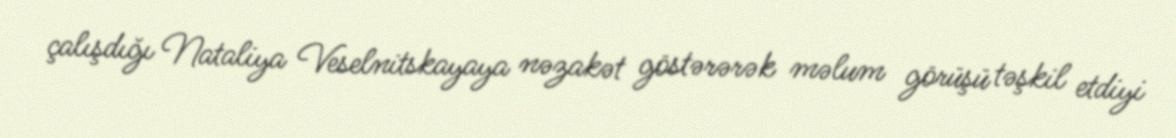
çalışdığı Nataliya Veselnitskayaya nəzakət göstərərək məlum görüşü təşkil etdiyi